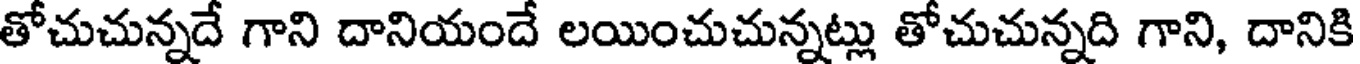
తోచుచున్నదే గాని దానియందే లయించుచున్నట్లు తోచుచున్నది గాని, దానికి